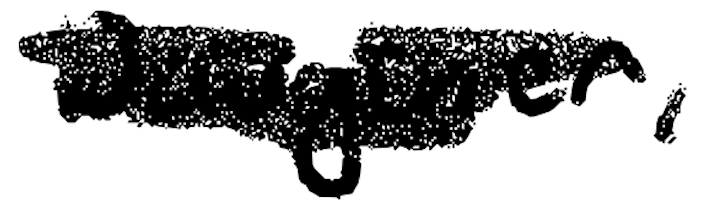
Text: Daughter,
Cross-out: scratch
Writing tool: digital_black